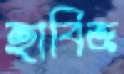
হাবিজ